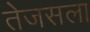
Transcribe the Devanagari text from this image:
तेजसला